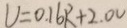
V = 0 . 1 6 R + 2 . 0 V